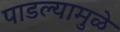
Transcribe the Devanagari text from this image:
पाडल्यामुळे